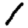
Digit: 1